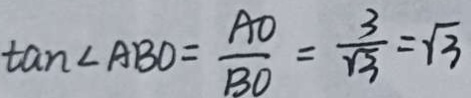
\tan \angle A B O = \frac { A O } { B O } = \frac { 3 } { \sqrt { 3 } } = \sqrt { 3 }